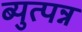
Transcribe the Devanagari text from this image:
ब्युत्पन्न